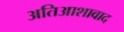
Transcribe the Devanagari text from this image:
अतिआशावाद